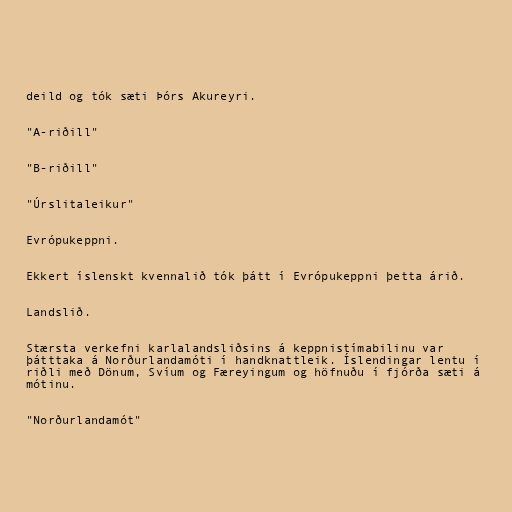
deild og tók sæti Þórs Akureyri.

"A-riðill"

"B-riðill"

"Úrslitaleikur"

Evrópukeppni.

Ekkert íslenskt kvennalið tók þátt í Evrópukeppni þetta árið.

Landslið.

Stærsta verkefni karlalandsliðsins á keppnistímabilinu var
þátttaka á Norðurlandamóti í handknattleik. Íslendingar lentu í
riðli með Dönum, Svíum og Færeyingum og höfnuðu í fjórða sæti á
mótinu.

"Norðurlandamót"